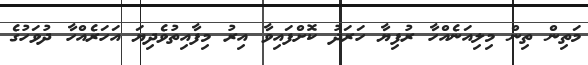
މަތިން ތިން މިލިއަނެއްހާ ރުފިޔާ ހަރަދު ކޮށްފައިވާ އިރު މިފާއިތުވެދިޔަ އަހަރެއްހާ ދުވަހުގެ